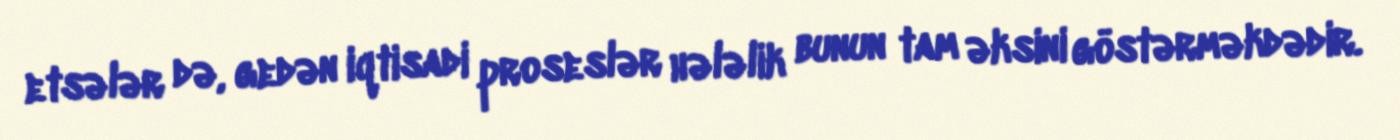
etsələr də, gedən iqtisadi proseslər hələlik bunun tam əksini göstərməkdədir.